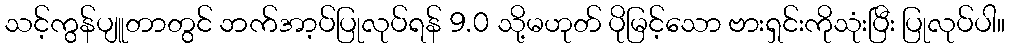
သင့်ကွန်ပျူတာတွင် ဘက်အာ့ပ်ပြုလုပ်ရန် 9.0 သို့မဟုတ် ပိုမြင့်သော ဗားရှင်းကိုသုံးပြီး ပြုလုပ်ပါ။